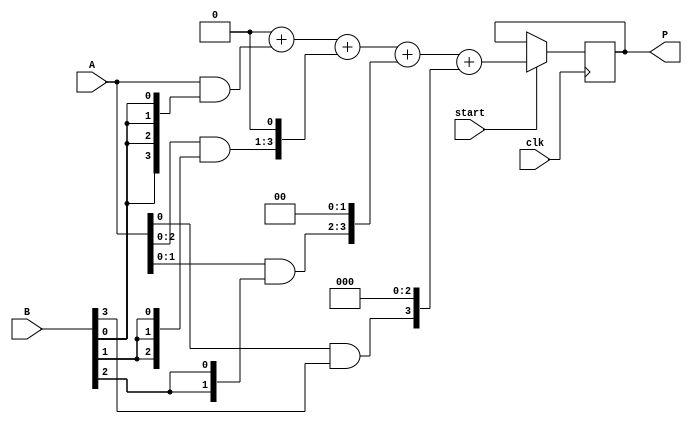
module array_multiplier #(parameter N = 4) (
    input [N-1:0] A,      // N-bit input A
    input [N-1:0] B,      // N-bit input B
    input start,          // Control signal to start multiplication
    input clk,            // Clock signal
    output reg [2*N-1:0] P // 2N-bit output product
);

    reg [N-1:0] partial_products[N-1:0]; // Array to hold partial products
    reg [2*N-1:0] sum;                    // Intermediate sum
    integer i, j;

    always @(posedge clk) begin
        if (start) begin
            // Generate partial products
            for (i = 0; i < N; i = i + 1) begin
                partial_products[i] = A & {N{B[i]}}; // AND operation
                // Shift partial product according to its position
                partial_products[i] = partial_products[i] << i;
            end
            
            // Initialize sum to zero
            sum = 0;

            // Sum the partial products
            for (j = 0; j < N; j = j + 1) begin
                sum = sum + partial_products[j];
            end
            
            // Assign the final product
            P <= sum;
        end
    end

endmodule